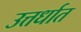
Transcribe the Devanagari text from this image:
उत्तर्धात